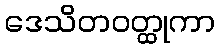
ဒေသိတဝတ္ထုကာ